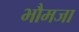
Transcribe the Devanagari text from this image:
भौमजा